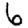
Digit: 6